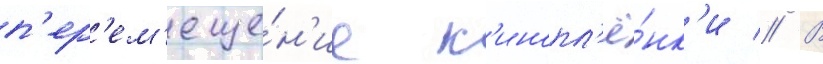
п'ер'ем'еще́н'ие к'инопл'ё́нк'и // В